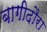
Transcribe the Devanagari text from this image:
बागीदौरा